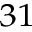
^ { 3 1 }